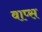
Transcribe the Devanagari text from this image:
वाप्स